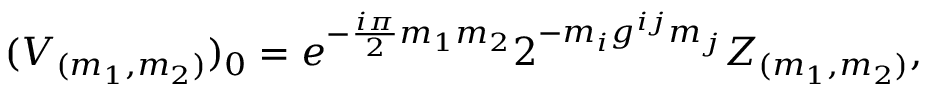
( V _ { ( m _ { 1 } , m _ { 2 } ) } ) _ { 0 } = e ^ { - { \frac { i \pi } { 2 } } m _ { 1 } m _ { 2 } } 2 ^ { - m _ { i } g ^ { i j } m _ { j } } Z _ { ( m _ { 1 } , m _ { 2 } ) } ,